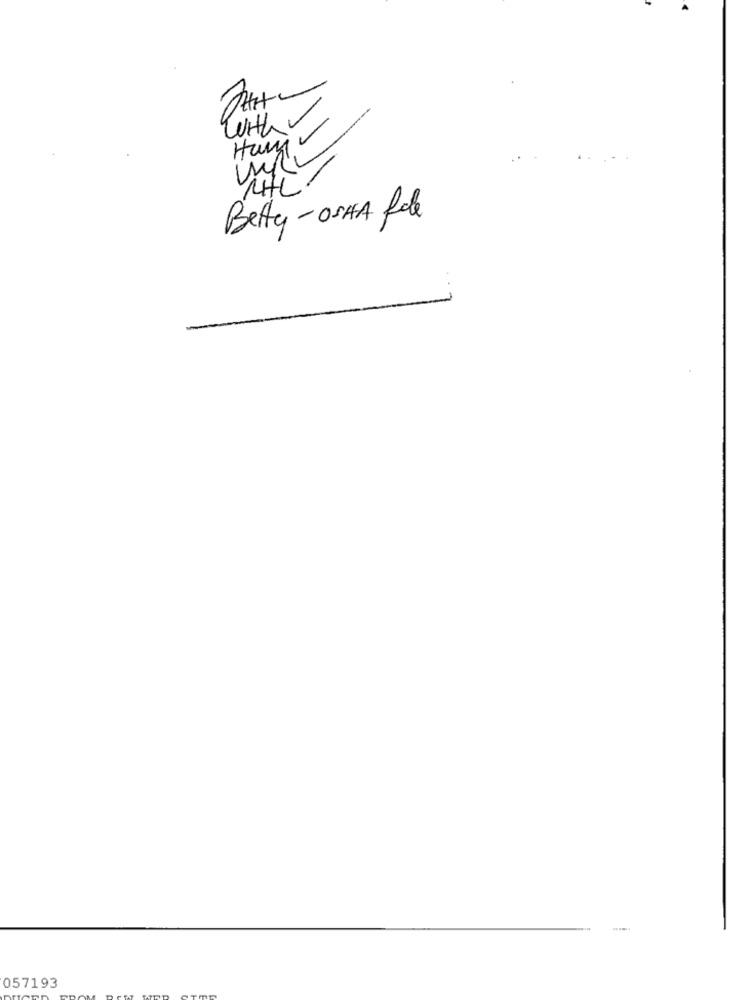
With
LHL.
Betty-OSHA fale
057193